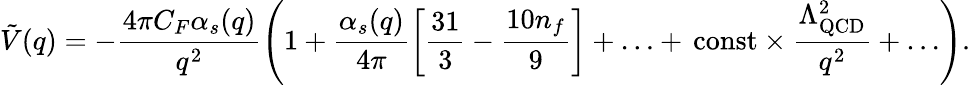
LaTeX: \tilde{V}(q)=-\frac{4\pi C_{F}\alpha_{s}(q)}{q^{2}}\left(1+\frac{\alpha_{s}(q)}{4\pi}\left[\frac{31}{3}-\frac{10n_{f}}{9}\right]+\ldots+\, \mathrm{const}\times\frac{\Lambda_{\mathrm{QCD}}^{2}}{q^{2}}+\ldots\right).